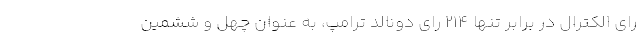
رای الکترال در برابر تنها ۲۱۴ رای دونالد ترامپ، به عنوان چهل و ششمین